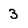
Character: 3